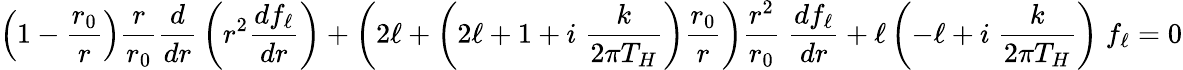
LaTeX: \left(1-{\frac{r_{0}}{r}}\right){\frac{r}{r_{0}}}{\frac{d}{dr}}\left(r^{2}{\frac{df_{\ell}}{dr}}\right)+\left(2\ell+\left(2\ell+1+i\; {\frac{k}{2\pi T_{H}}}\right){\frac{r_{0}}{r}}\right){\frac{r^{2}}{r_{0}}}\; {\frac{df_{\ell}}{dr}}+\ell\left(-\ell+i\; {\frac{k}{2\pi T_{H}}}\right)\; f_{\ell}=0